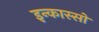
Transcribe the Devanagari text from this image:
इन्कास्सो